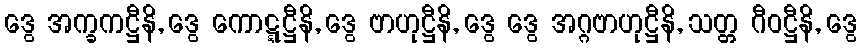
ဒွေ အက္ခကဋ္ဌီနိ, ဒွေ ကောဋ္ဋဋ္ဌီနိ, ဒွေ ဗာဟုဋ္ဌီနိ, ဒွေ ဒွေ အဂ္ဂဗာဟုဋ္ဌီနိ, သတ္တ ဂီဝဋ္ဌီနိ, ဒွေ